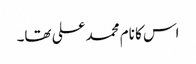
اس کا نام محمد علی تھا۔